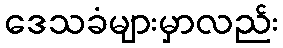
ဒေသခံများမှာလည်း